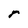
Character: r